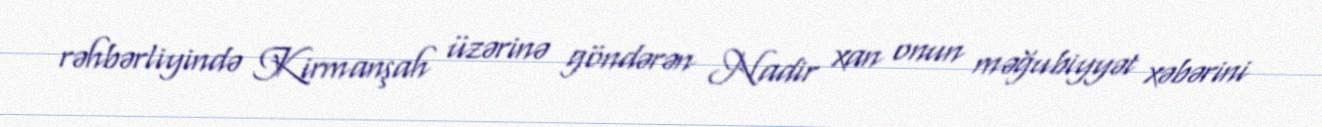
rəhbərliyində Kirmanşah üzərinə göndərən Nadir xan onun məğubiyyət xəbərini